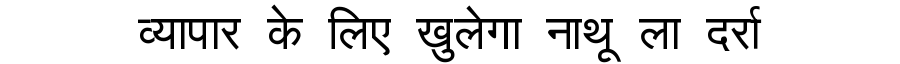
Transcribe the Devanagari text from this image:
व्यापार के लिए खुलेगा नाथू ला दर्रा